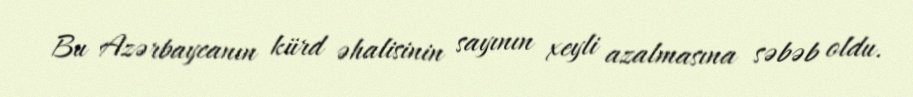
Bu Azərbaycanın kürd əhalisinin sayının xeyli azalmasına səbəb oldu.